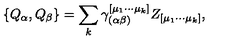
\{ Q _ { \alpha } , Q _ { \beta } \} = \sum _ { k } \gamma _ { ( \alpha \beta ) } ^ { [ \mu _ { 1 } \cdots \mu _ { k } ] } Z _ { [ \mu _ { 1 } \cdots \mu _ { k } ] } ,